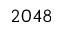
2 0 4 8